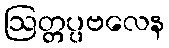
ဩတ္တပ္ပဗလေန